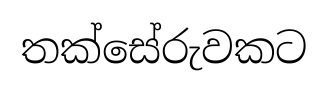
තක්සේරුවකට